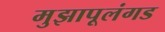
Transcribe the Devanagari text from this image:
मुझापूलंगड